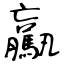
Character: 驘